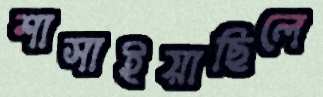
শাসাইয়াছিলে